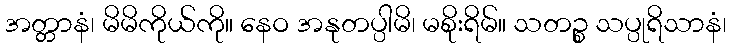
အတ္တာနံ၊ မိမိကိုယ်ကို။ နေဝ အနုတပ္ပါမိ၊ မစိုးရိမ်။ သတဉ္စ သပ္ပုရိသာနံ၊